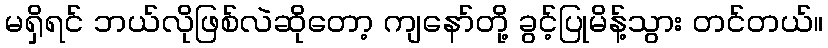
မရှိရင် ဘယ်လိုဖြစ်လဲဆိုတော့ ကျနော်တို့ ခွင့်ပြုမိန့်သွား တင်တယ်။